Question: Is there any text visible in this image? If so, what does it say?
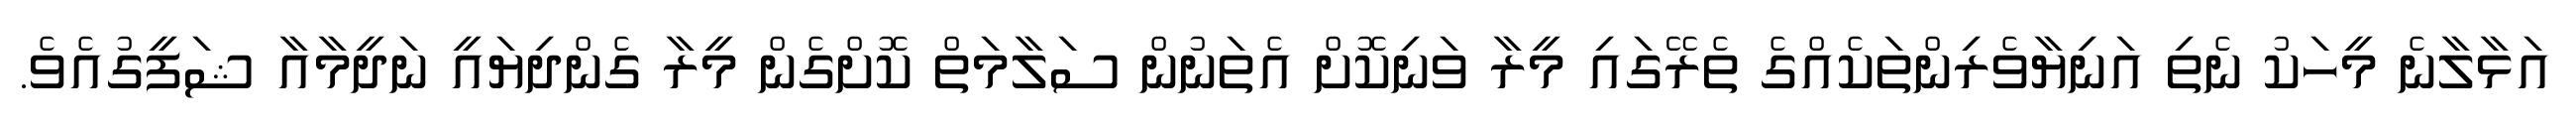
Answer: އަޅާލާނެ މީހަކު ނެތި އަނިޔާވެރިންތަކެއްގެ ތެރޭގައި މީރާ ވަނިކޮށް އެތަނުން ސަލާމަތް ކޮށްގެން މީރާ ގެންދިޔައީ ނަދީމާއާ ޝަފީގުއެވެ.